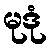
မုဒုံ